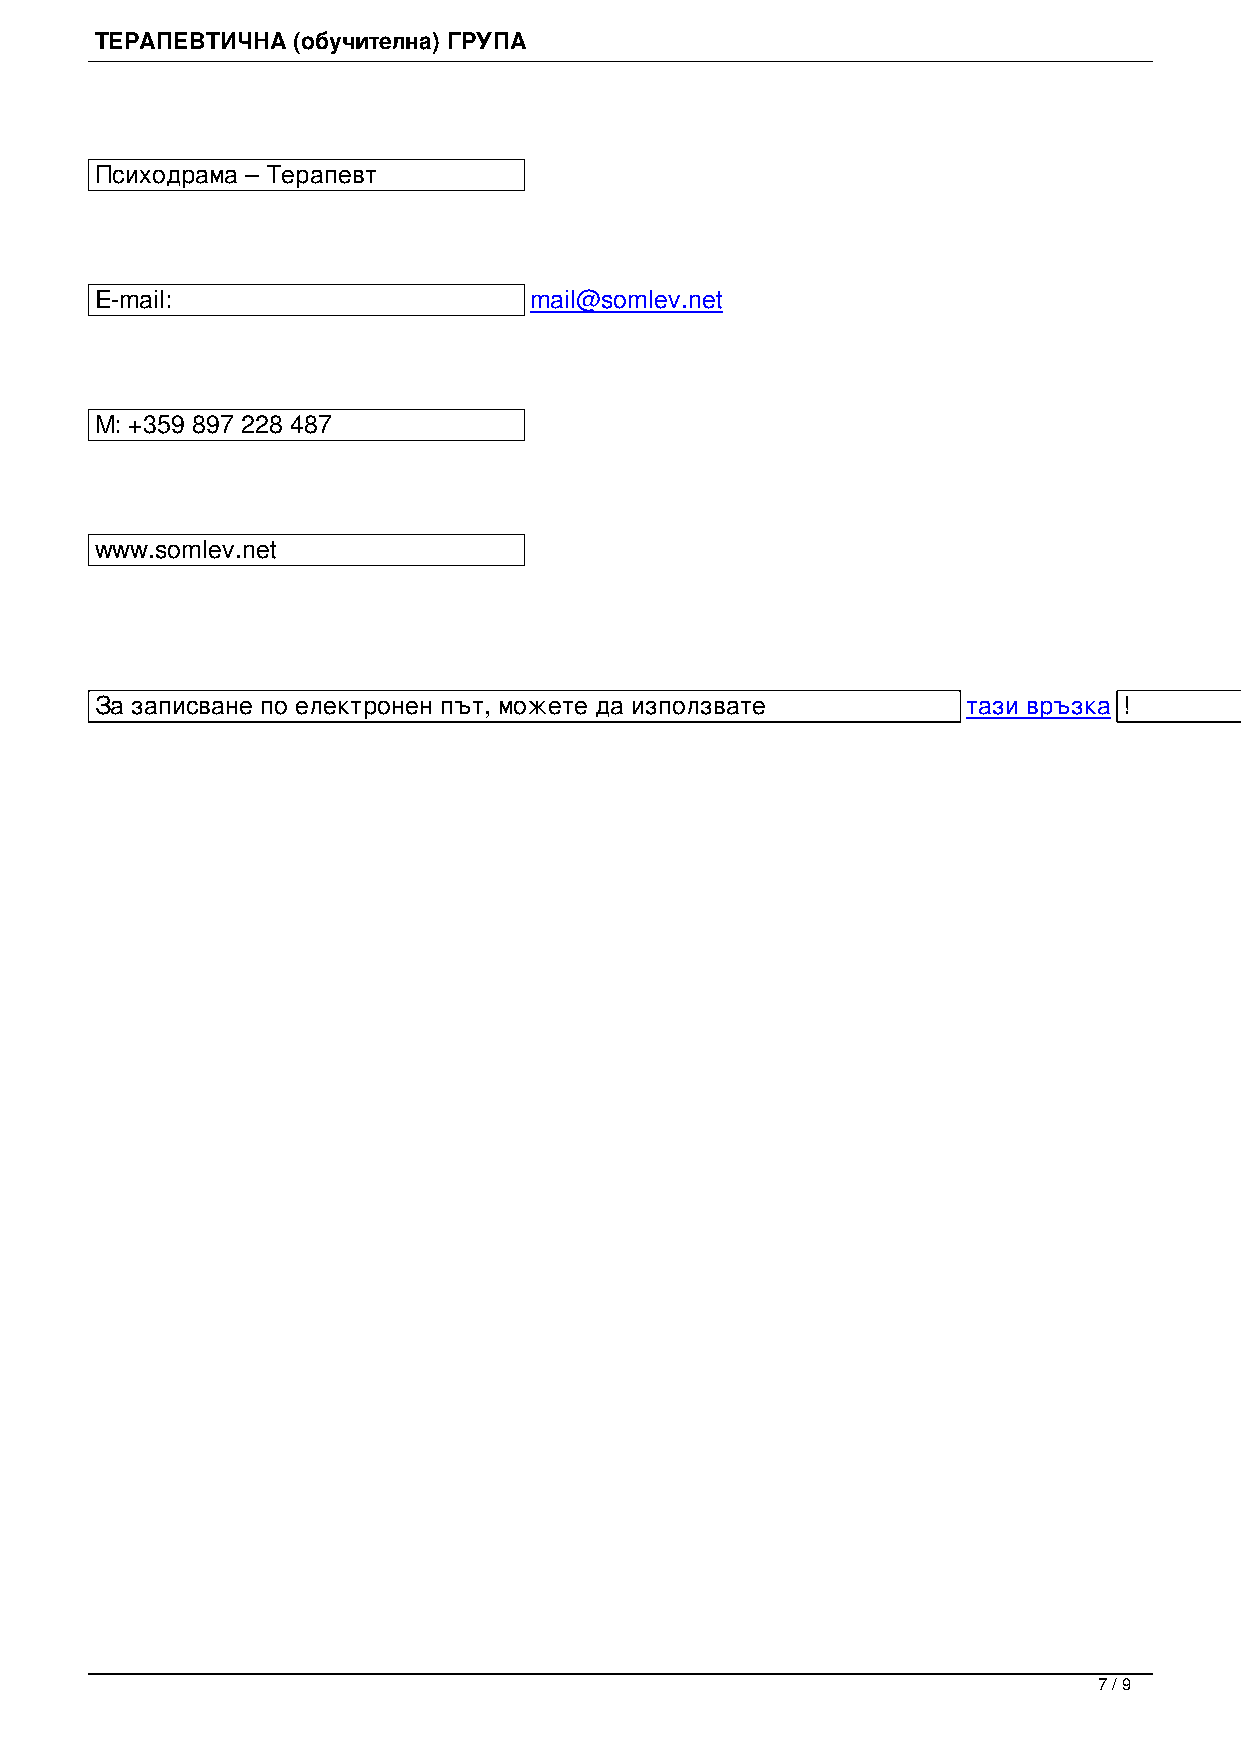
ТЕРАПЕВТИЧНА (обучителна) ГРУПА
 Психодрама – Терапевт
 E-mail:                      mail@somlev.net
 M: +359 897 228 487
 www.somlev.net
 За записване по електронен път, можете да използвате      тази връзка !
 7 / 9